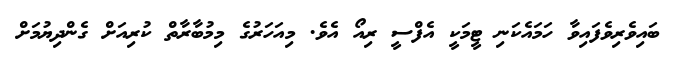
ބައިވެރިވެފައިވާ ހަމައެކަނި ޓީމަކީ އެފްސީ ރިއޯ އެވެ. މިއަހަރުގެ މިމުބާރާތް ކުރިއަށް ގެންދިޔުމަށް